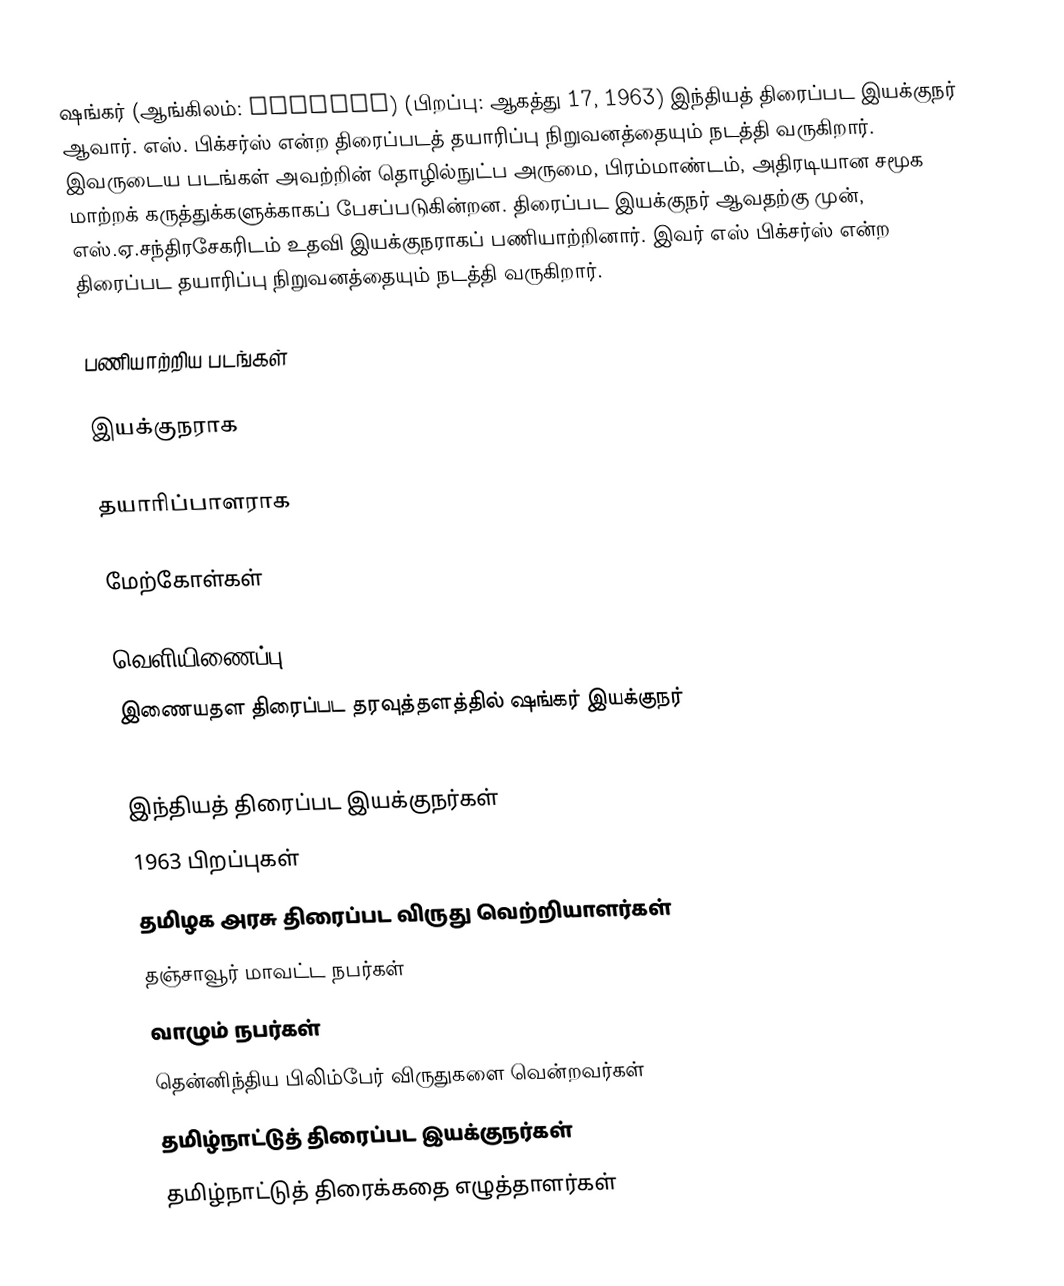
ஷங்கர் (ஆங்கிலம்: Shankar) (பிறப்பு: ஆகத்து 17, 1963) இந்தியத் திரைப்பட இயக்குநர் ஆவார். எஸ். பிக்சர்ஸ் என்ற திரைப்படத் தயாரிப்பு நிறுவனத்தையும் நடத்தி வருகிறார். இவருடைய படங்கள் அவற்றின் தொழில்நுட்ப அருமை, பிரம்மாண்டம், அதிரடியான சமூக மாற்றக் கருத்துக்களுக்காகப் பேசப்படுகின்றன. திரைப்பட இயக்குநர் ஆவதற்கு முன், எஸ்.ஏ.சந்திரசேகரிடம் உதவி இயக்குநராகப் பணியாற்றினார். இவர் எஸ் பிக்சர்ஸ் என்ற திரைப்பட தயாரிப்பு நிறுவனத்தையும் நடத்தி வருகிறார்.

பணியாற்றிய படங்கள்

இயக்குநராக

தயாரிப்பாளராக

மேற்கோள்கள்

வெளியிணைப்பு
 இணையதள திரைப்பட தரவுத்தளத்தில் ஷங்கர் இயக்குநர்

இந்தியத் திரைப்பட இயக்குநர்கள்
1963 பிறப்புகள்
தமிழக அரசு திரைப்பட விருது வெற்றியாளர்கள்
தஞ்சாவூர் மாவட்ட நபர்கள்
வாழும் நபர்கள்
தென்னிந்திய பிலிம்பேர் விருதுகளை வென்றவர்கள்
தமிழ்நாட்டுத் திரைப்பட இயக்குநர்கள்
தமிழ்நாட்டுத் திரைக்கதை எழுத்தாளர்கள்